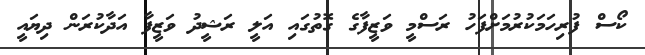
ކޯސް ފުރިހަމަކުރުމަށްފަހު ރަސްމީ ވަޒީފާގެ ގޮތުގައި އަލީ ރަޝީދު ވަޒީފާ އަދާކުރަން ދިޔައީ